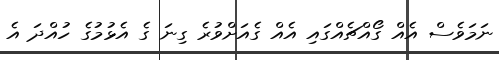
ނަމަވެސް އެއް ގޯއްޗެއްގައި އެއް ގެއަށްވުރެ ގިނަ ގެ އެޅުމުގެ ހުއްދަ އެ